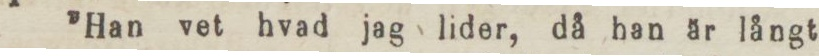
”Han vet hvad jag lider, då han är långt